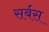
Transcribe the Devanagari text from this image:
सर्बस